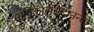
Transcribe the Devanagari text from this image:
अविकारश्चिदानन्दो